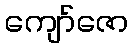
ကျော်ဇော